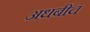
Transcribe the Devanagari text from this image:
अधबीच